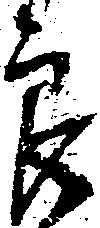
郎